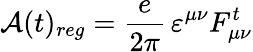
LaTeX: {\mathcal A}(t)_{reg}=\frac{e}{2\pi}\, \varepsilon^{\mu\nu}F_{\mu\nu}^{t}